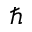
\hbar